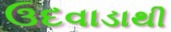
ઉદવાડાથી